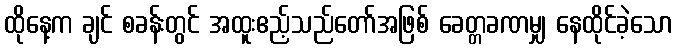
ထိုနေ့က ချင် စခန်းတွင် အထူးဧည့်သည်တော်အဖြစ် ခေတ္တခဏမျှ နေထိုင်ခဲ့သော